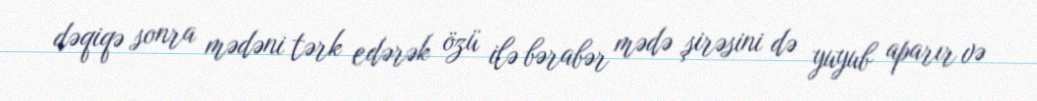
dəqiqə sonra mədəni tərk edərək özü ilə bərabər mədə şirəsini də yuyub aparır və